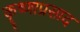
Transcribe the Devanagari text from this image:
कृ्ष्णाप्रसाद